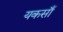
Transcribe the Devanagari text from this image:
यकसाँ